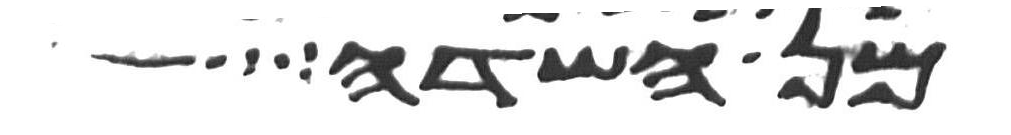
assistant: מן השדה